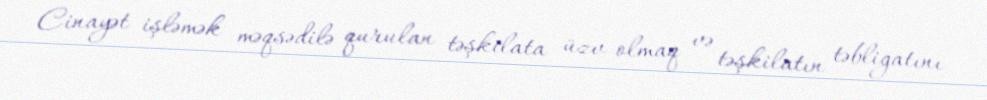
Cinayət işləmək məqsədilə qurulan təşkilata üzv olmaq və təşkilatın təbliğatını